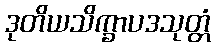
ဒုတိယသိက္ခာပဒသုတ္တံ